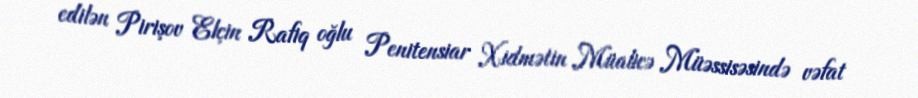
edilən Pirişov Elçin Rafiq oğlu Penitensiar Xidmətin Müalicə Müəssisəsində vəfat